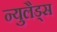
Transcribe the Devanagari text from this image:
न्युलैड्स